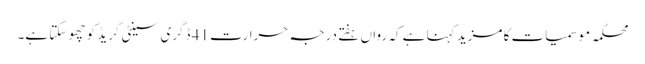
محکمہ موسمیات کا مزید کہنا ہے کہ رواں ہفتے درجہ حرارت 41 ڈگری سینٹی گریڈ کو چھو سکتا ہے۔